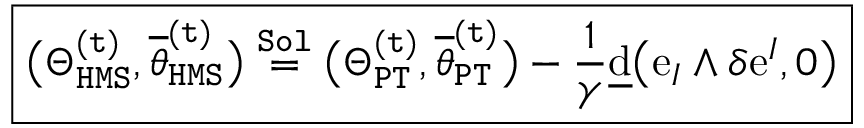
\boxed { \big ( \Theta _ { \mathtt { H M S } } ^ { \mathtt { ( t ) } } , \overline { { \theta } } _ { \mathtt { H M S } } ^ { \mathtt { ( t ) } } \big ) \overset { \mathtt { S o l } } { = } \big ( \Theta _ { \mathtt { P T } } ^ { \mathtt { ( t ) } } , \overline { { \theta } } _ { \mathtt { P T } } ^ { \mathtt { ( t ) } } \big ) - \frac { 1 } { \gamma } \underline { { \mathrm { d } } } \big ( \mathrm { e } _ { I } \wedge \delta \mathrm { e } ^ { I } , 0 \big ) }